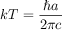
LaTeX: k T = { \frac { \hbar a } { 2 \pi c } }